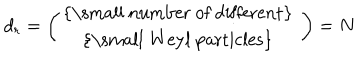
d _ { r } = \left( \begin{array} { c } { { \mathrm { { \small ~ n u m b e r ~ o f ~ d i f f e r e n t } ~ } } } \\ { { \mathrm { { \small ~ W e y l ~ p a r t i c l e s } ~ } } } \\ \end{array} \right) = N